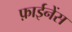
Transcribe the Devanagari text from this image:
फ़ाईनेंस